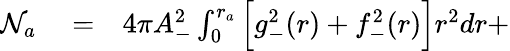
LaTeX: \begin{array}{rlr}{\mathcal{N}_{a}}&{{}=}&{4\pi A_{-}^{2}\int_{0}^{r_{a}}\Big[g_{-}^{2}(r)+f_{-}^{2}(r)\Big]r^{2}dr+}\end{array}